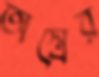
অস্ত্রের